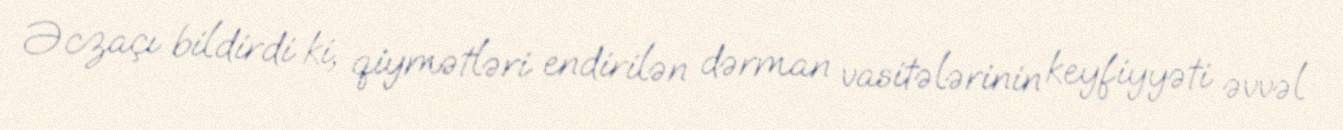
Əczaçı bildirdi ki, qiymətləri endirilən dərman vasitələrinin keyfiyyəti əvvəl